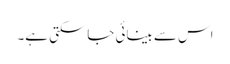
اس سے بینائی جاسکتی ہے۔